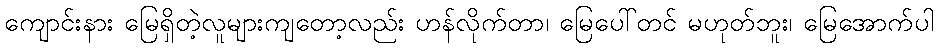
ကျောင်းနား မြေရှိတဲ့လူများကျတော့လည်း ဟန်လိုက်တာ၊ မြေပေါ်တင် မဟုတ်ဘူး၊ မြေအောက်ပါ